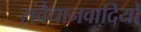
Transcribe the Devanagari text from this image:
संवैधानवादियों